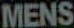
MENS